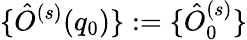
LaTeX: \{ \hat{O}^{(s)}(q_{0})\} :=\{ \hat{O}_{0}^{(s)}\}